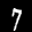
Label: 7